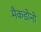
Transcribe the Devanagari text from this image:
मैकडोनो